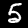
Digit: 5